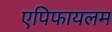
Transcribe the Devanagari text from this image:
एपिफायलम